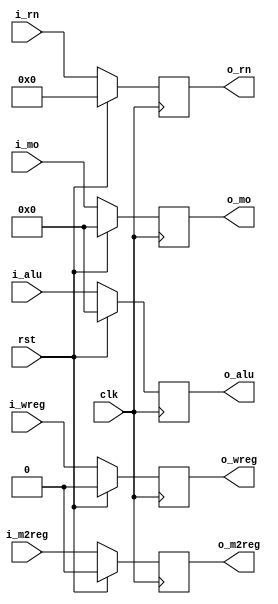
module pipemwreg(i_wreg,i_m2reg,i_mo,i_alu,i_rn,clk,rst,o_wreg,o_m2reg,o_mo,o_alu,o_rn);
  input wire clk, rst,i_wreg,i_m2reg;
  input wire [31:0] i_mo,i_alu;
  input wire [4:0] i_rn;
  output reg o_wreg,o_m2reg;
  output reg [31:0] o_mo,o_alu;
  output reg [4:0] o_rn;
  always @(posedge clk) begin
  if (rst) begin 
	o_wreg<=0;
	o_m2reg<=0;
	o_alu<=0;
	o_mo<=0;
	o_rn<=0;
	end
//if reset signal is given, turn to the first instruction
  else begin 
	o_wreg<=i_wreg;
	o_m2reg<=i_m2reg;
	o_alu<=i_alu;
	o_mo<=i_mo;
	o_rn<=i_rn;
	end
//PC count change (how to change is determined by i_pc)
  end
endmodule